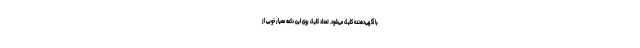
با آگهی‌دهنده کلیک می‌شود. تعداد کلیک روی این دکمه معیار خوبی از